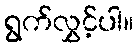
ရွက်လွှင့်ပါ။